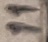
Text: 11